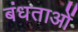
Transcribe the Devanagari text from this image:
बंधताओं